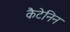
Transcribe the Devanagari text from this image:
कैटेनिन